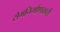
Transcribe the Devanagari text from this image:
रोगनिर्माणकारी